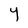
Character: Y